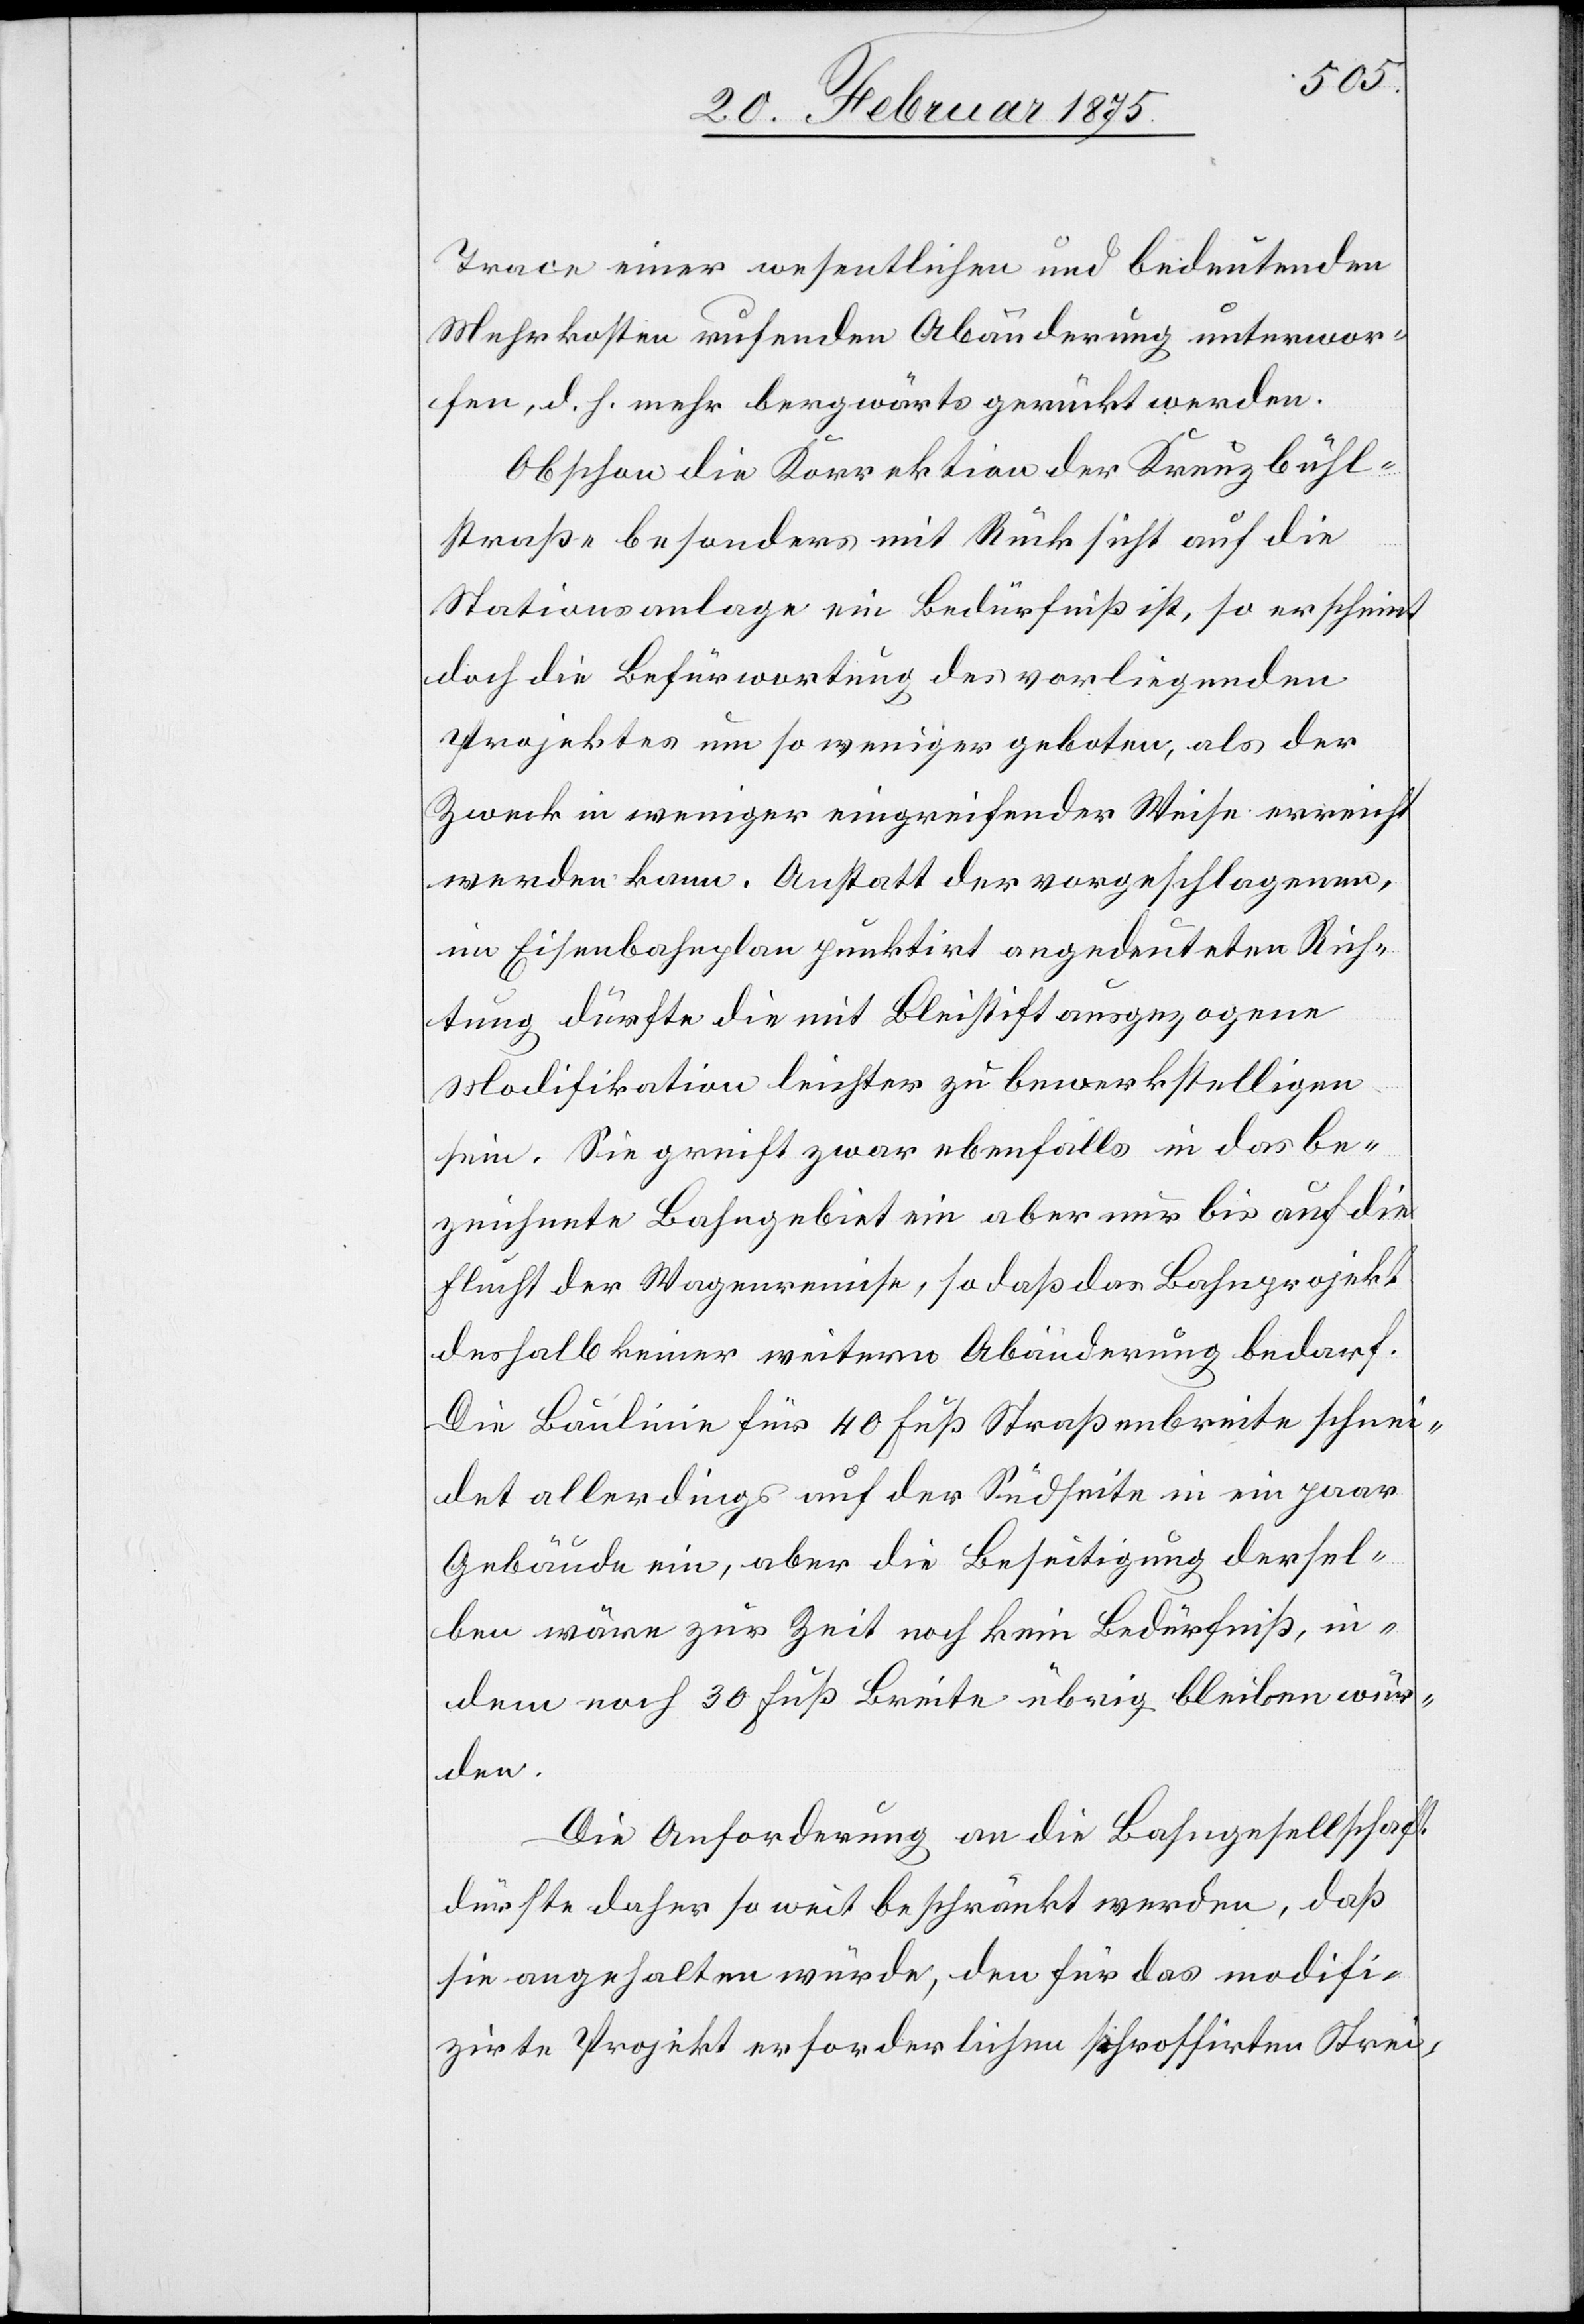
Trace einer wesentlichen und bedeutenden
Mehrkosten rufenden Abänderung unterwor¬
fen, d. h. mehr bergwärts gerückt werden.
Obschon die Korrektion der Kreuzbühl¬
straße besonders mit Rücksicht auf die
Stationsanlage ein Bedürfniß ist, so erscheint
doch die Befürwortung des vorliegenden
Projektes um so weniger geboten, als der
Zweck in weniger eingreifender Weise erreicht
werden kann. Anstatt der vorgeschlagenen,
im Eisenbahnplan punktirt angedeuteten Rich¬
tung dürfte die mit Bleistift ausgezogene
Modifikation leichter zu bewerkstelligen
sein. Sie greift zwar ebenfalls in das be¬
zeichnete Bahngebiet ein aber nur bis auf die
Flucht der Wagenremise, so daß das Bahnprojekt
deshalb keiner weitern Abänderung bedarf.
Die Baulinie für 40 Fuß Straßenbreite schnei¬
det allerdings auf der Südseite in ein paar
Gebäude ein, aber die Beseitigung dersel¬
ben wäre zur Zeit noch kein Bedürfniß, in¬
dem noch 30 Fuß übrig bleiben wür¬
den.
Die Anforderung an die Bahngesellschaft
dürfte daher so weit beschränkt werden, daß
sie angehalten würde, den für das modifi¬
zirte Projekt erforderlichen schroffirten Strei-